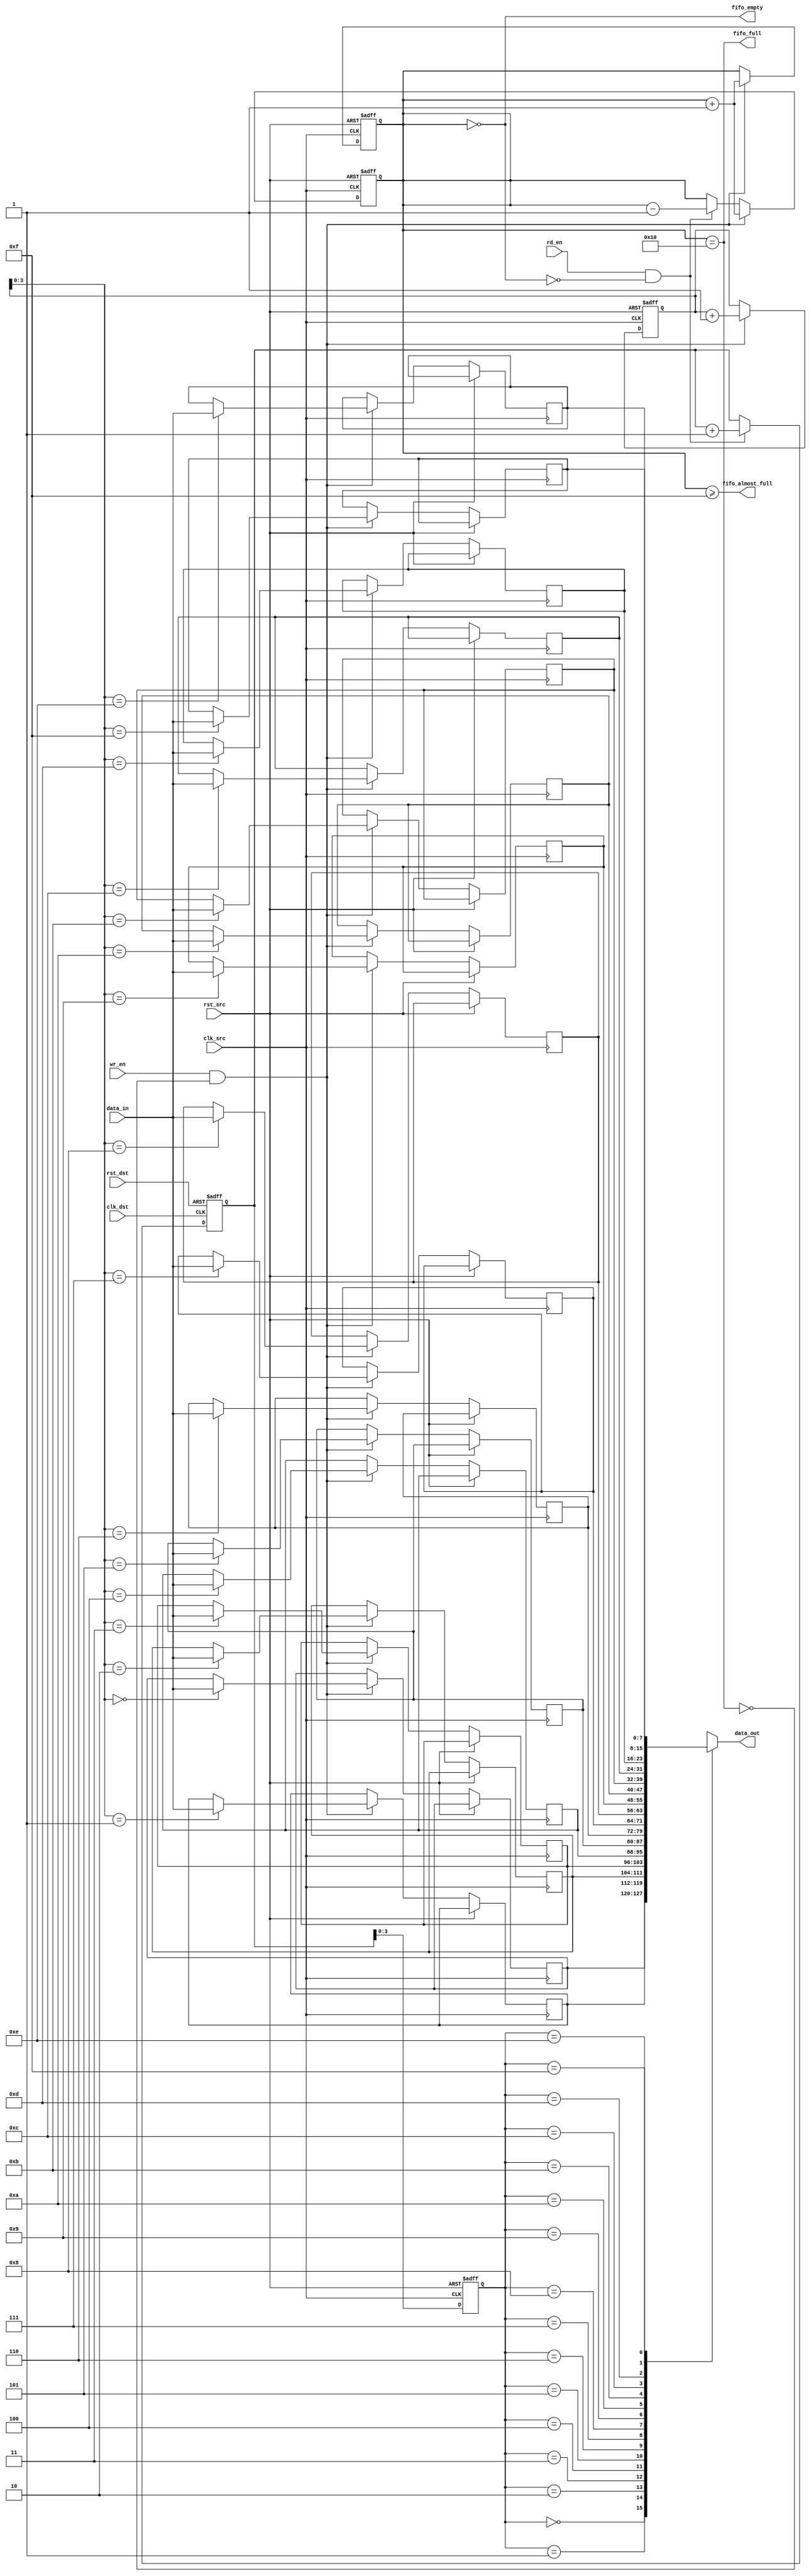
module fifo_synchronizer #(
    parameter DATA_WIDTH = 8,   // Width of the data
    parameter FIFO_DEPTH = 16    // Depth of the FIFO
)(
    input wire clk_src,          // Source clock
    input wire clk_dst,          // Destination clock
    input wire rst_src,          // Asynchronous reset for source domain
    input wire rst_dst,          // Asynchronous reset for destination domain
    input wire wr_en,            // Write enable signal (source domain)
    input wire rd_en,            // Read enable signal (destination domain)
    input wire [DATA_WIDTH-1:0] data_in, // Data input
    output wire [DATA_WIDTH-1:0] data_out, // Data output
    output wire fifo_empty,      // FIFO empty flag
    output wire fifo_full,       // FIFO full flag
    output wire fifo_almost_full  // FIFO almost full flag
);

    // FIFO memory declaration
    reg [DATA_WIDTH-1:0] fifo_mem [0:FIFO_DEPTH-1];
    reg [4:0] wr_ptr;           // Write pointer
    reg [4:0] rd_ptr;           // Read pointer
    reg [4:0] count;            // Number of elements in FIFO

    // Synchronization registers for pointers
    reg [4:0] wr_ptr_sync;
    reg [4:0] rd_ptr_sync;

    // Write Logic
    always @(posedge clk_src or posedge rst_src) begin
        if (rst_src) begin
            wr_ptr <= 0;
            count <= 0;
        end else if (wr_en && !fifo_full) begin
            fifo_mem[wr_ptr] <= data_in;
            wr_ptr <= wr_ptr + 1;
            count <= count + 1;
        end
    end

    // Read Logic
    always @(posedge clk_dst or posedge rst_dst) begin
        if (rst_dst) begin
            rd_ptr <= 0;
        end else if (rd_en && !fifo_empty) begin
            rd_ptr <= rd_ptr + 1;
        end
    end

    // Synchronization of write pointer
    always @(posedge clk_dst or posedge rst_dst) begin
        if (rst_dst) begin
            wr_ptr_sync <= 0;
        end else begin
            wr_ptr_sync <= wr_ptr; // Synchronize the write pointer
        end
    end

    // Synchronization of read pointer
    always @(posedge clk_src or posedge rst_src) begin
        if (rst_src) begin
            rd_ptr_sync <= 0;
        end else begin
            rd_ptr_sync <= rd_ptr; // Synchronize the read pointer
        end
    end

    // Output data
    assign data_out = fifo_mem[rd_ptr_sync];

    // FIFO status flags
    assign fifo_empty = (count == 0);
    assign fifo_full = (count == FIFO_DEPTH);
    assign fifo_almost_full = (count >= FIFO_DEPTH - 1);

    // Count logic
    always @(posedge clk_src or posedge rst_src) begin
        if (rst_src) begin
            count <= 0;
        end else if (wr_en && !fifo_full) begin
            count <= count + 1;
        end else if (rd_en && !fifo_empty) begin
            count <= count - 1;
        end
    end

endmodule